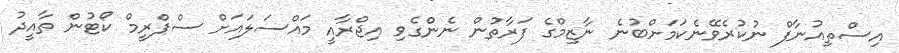
އިސްތިއުނާފް ނުކުރެވޭނެކަމަށްބުނެ ނާޒިމްގެ ފަރާތުން ނެންގެވި އިޖްރާއީ މައްސަލައަށް ސްޕްރީމް ކޯޓުން ތާއީދު